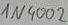
Text: 1N4002